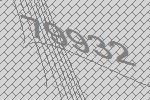
79932